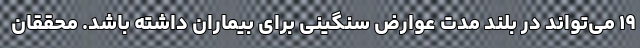
۱۹ می‌تواند در بلند مدت عوارض سنگینی برای بیماران داشته باشد. محققان